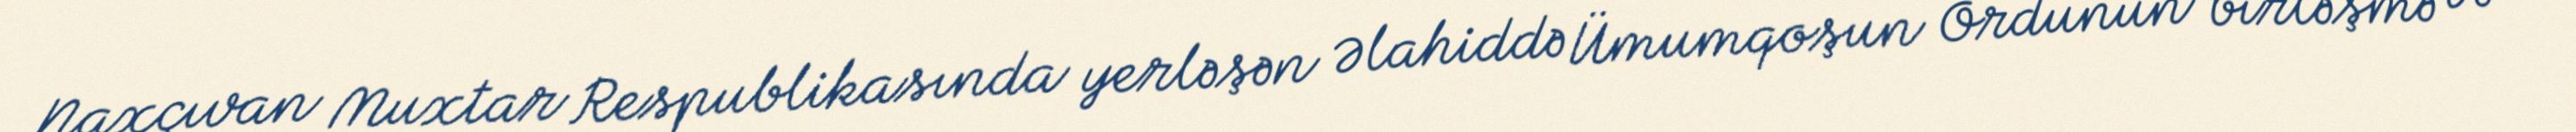
Naxçıvan Muxtar Respublikasında yerləşən Əlahiddə Ümumqoşun Ordunun birləşmə və